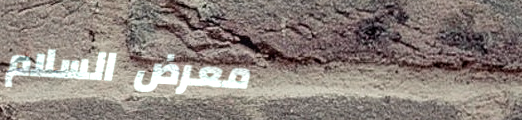
معرض السلام